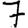
Digit: 7